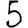
Digit: 5